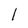
Character: l